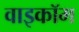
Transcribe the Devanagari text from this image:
वाइकॉम